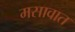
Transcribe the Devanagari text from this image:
मसावात